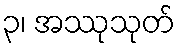
၃၊ အဿုသုတ်